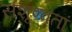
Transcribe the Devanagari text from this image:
संशृण्वतां